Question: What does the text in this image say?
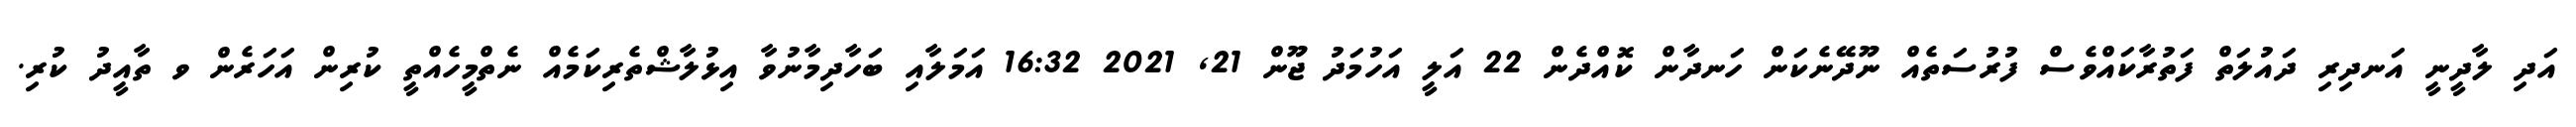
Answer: އަދި ލާދީނީ އަނދިރި ދައުލަތް ފަތުރާކައްވެސް ފުރުސަތެއް ނޫދޭނެކަން ހަނދާން ކޮއްދެން 22 އަލީ އަހުމަދު ޖޫން 21, 2021 16:32 އަމަލާއި ބަހާދިމާނުވާ އިޅުލާޝްތެރިކަމެއް ނެތްމީހެއްތީ ކުރިން އަހަރެން ވ ތާއީދު ކުރި.